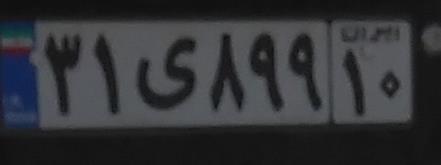
۳۱ی۸۹۹۱۰